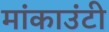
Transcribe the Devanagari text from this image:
मांकाउंटी